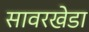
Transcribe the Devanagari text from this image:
सावरखेडा